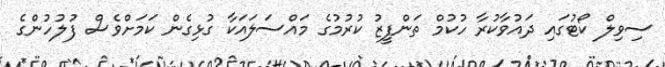
ސިވިލް ކޯޓުގައި ދައުވާކުރާ ހުކުމް ތަންފީޒު ކުރުމުގެ މައްސަލައަކާ ގުޅިގެން ކަމަށްވެސް ފުލުހުންގެ